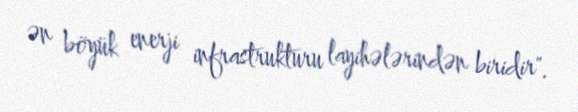
ən böyük enerji infrastrukturu layihələrindən biridir".